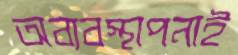
অব্যবস্থাপনাই